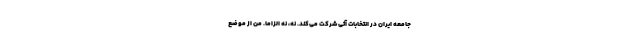
جامعه ایران در انتخابات آتی شرکت می‌کند. نه، نه الزاما. من از موضع